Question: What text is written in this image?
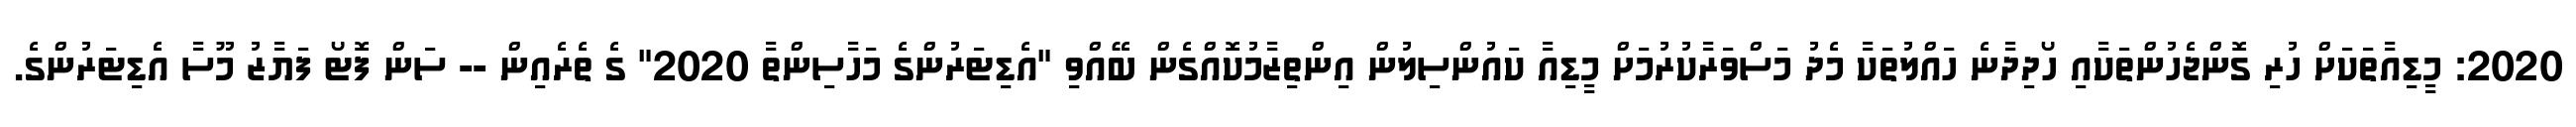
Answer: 2020: މީޑިއާތަކަށް ހުރި ގޮންޖެހުންތަކާއި ހޯދިދާނެ ހައްލުތަކާ މެދު މަސްވަރާކުރުމަށް މީޑިއާ ކައުންސިލުން އިންތިޒާމުކޮއްގެން ބޭއްވި "އެޑިޓަރުންގެ މަހާސިންތާ 2020" ގެ ތެރެއިން -- ސަން ފޮޓޯ ފަޔާޒު މޫސާ އެޑިޓަރުންގެ.